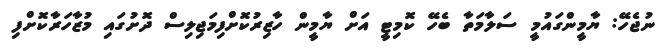
ނުޖެހޭ: ޔާމީންގައުމީ ސަލާމަތާ ބެހޭ ކޮމިޓީ އަށް ޔާމީން ހާޒިރުކޮށްފިމަޖިލިސް ދޮށުގައި މުޒާހަރާކޮށްފި